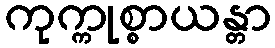
ကုက္ကုစ္စာယန္တာ